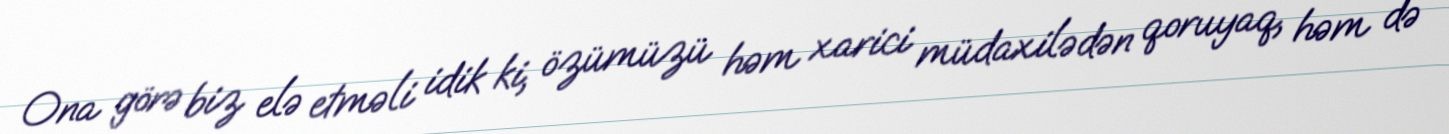
Ona görə biz elə etməli idik ki, özümüzü həm xarici müdaxilədən qoruyaq, həm də